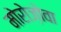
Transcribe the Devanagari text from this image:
मोरोज़ोवा